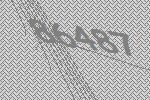
86487